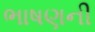
ભાષણની